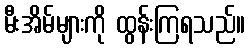
မီးအိမ်များကို ထွန်းကြရသည်။